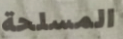
المسلحة